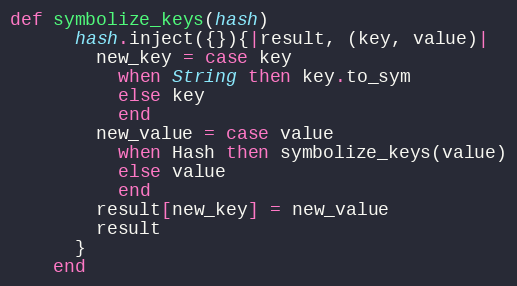
Language: Ruby
def symbolize_keys(hash)
      hash.inject({}){|result, (key, value)|
        new_key = case key
          when String then key.to_sym
          else key
          end
        new_value = case value
          when Hash then symbolize_keys(value)
          else value
          end
        result[new_key] = new_value
        result
      }
    end